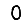
Digit: 0